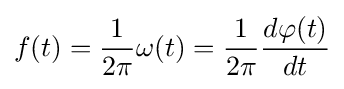
f(t)={\frac {1}{2\pi }}\omega (t)={\frac {1}{2\pi }}{\frac {d\varphi (t)}{dt}}